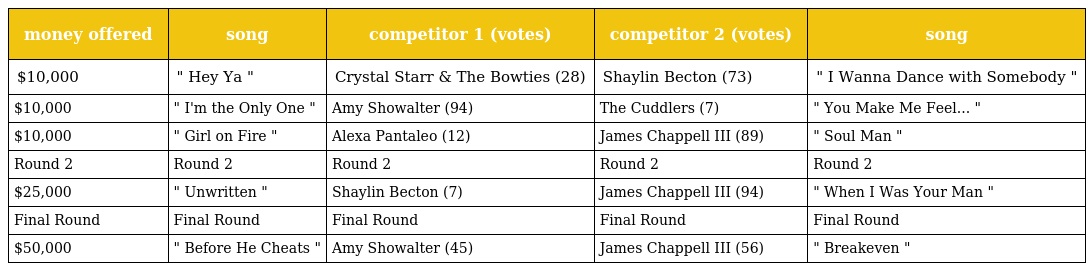
| money offered | song | competitor 1 (votes) | competitor 2 (votes) | song |
 | --- | --- | --- | --- | --- |
 | $10,000 | " Hey Ya " | Crystal Starr & The Bowties (28) | Shaylin Becton (73) | " I Wanna Dance with Somebody " |
 | $10,000 | " I'm the Only One " | Amy Showalter (94) | The Cuddlers (7) | " You Make Me Feel... " |
 | $10,000 | " Girl on Fire " | Alexa Pantaleo (12) | James Chappell III (89) | " Soul Man " |
 | Round 2 | Round 2 | Round 2 | Round 2 | Round 2 |
 | $25,000 | " Unwritten " | Shaylin Becton (7) | James Chappell III (94) | " When I Was Your Man " |
 | Final Round | Final Round | Final Round | Final Round | Final Round |
 | $50,000 | " Before He Cheats " | Amy Showalter (45) | James Chappell III (56) | " Breakeven " |